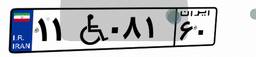
۱۱W۰۸۱۶۰